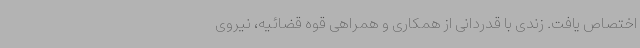
اختصاص یافت. زندی با قدردانی از همکاری و همراهی قوه قضائیه، نیروی